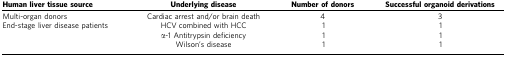
| Human liver tissue source | Underlying disease | Number of donors | Successful organoid derivations |
 | --- | --- | --- | --- |
 | Multi-organ donors | Cardiac arrest and/or brain death | 4 | 3 |
 | End-stage liver disease patients | HCV combined with HCC | 1 | 1 |
 |  | α-1 Antitrypsin deficiency | 1 | 1 |
 |  | Wilson's disease | 1 | 1 |